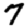
Digit: 7